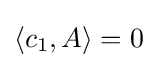
\langle c_{1},A\rangle =0